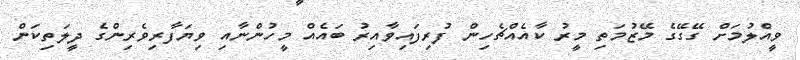
ވީއްލުމަށް ގޭގޭގެ މޭޒުމަތި މީރު ކާއެއްޗެހިން ފުރިފައިވާއިރު ބައެއް މީހުންނާއި ވިޔަފާރިވެރިންގެ ދީލަތިކަން